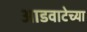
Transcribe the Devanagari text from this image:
आडवाटेच्या